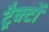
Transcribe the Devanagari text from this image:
ट्रैक्टों